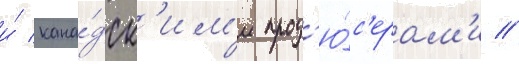
и́ кана́дск'им'и прод'ю́с'ерам'и //